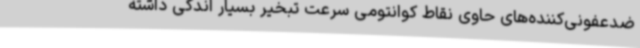
ضدعفونی‌کننده‌های حاوی نقاط کوانتومی سرعت تبخیر بسیار اندکی داشته